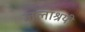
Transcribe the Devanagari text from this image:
जलाश्रयी